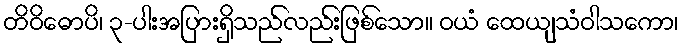
တိဝိဓောပိ၊ ၃-ပါးအပြားရှိသည်လည်းဖြစ်သော။ ဝယံ ထေယျသံဝါသကော၊